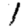
Digit: 1